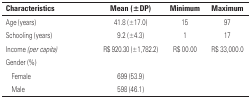
<table><thead><tr><td colspan="2"><b>Characteristics</b></td><td><b>mean (±DP)</b></td><td><b>Minimum</b></td><td><b>Maximum</b></td></tr></thead><tbody><tr><td colspan="2">Age (years)</td><td>41.8 (±17.0)</td><td>15</td><td>97</td></tr><tr><td colspan="2">Schooling (years)</td><td>9.2 (±4.3)</td><td>1</td><td>17</td></tr><tr><td colspan="2">Income <i>(per capita)</i></td><td>R$ 920.30 (±1,782.2)</td><td>R$ 00.00</td><td>R$ 33,000.0</td></tr><tr><td colspan="2">Gender (%)</td><td></td><td></td><td></td></tr><tr><td></td><td>Female</td><td>699 (53.9)</td><td></td><td></td></tr><tr><td></td><td>Male</td><td>598 (46.1)</td><td></td><td></td></tr></tbody></table>